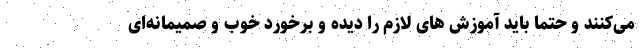
می‌کنند و حتماً باید آموزش های لازم را دیده و برخورد خوب و صمیمانه‌ای